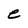
Character: e